Vaccination North-Western Provinces and Oudh 1896-1901 - 1896-1901
Year: 1896
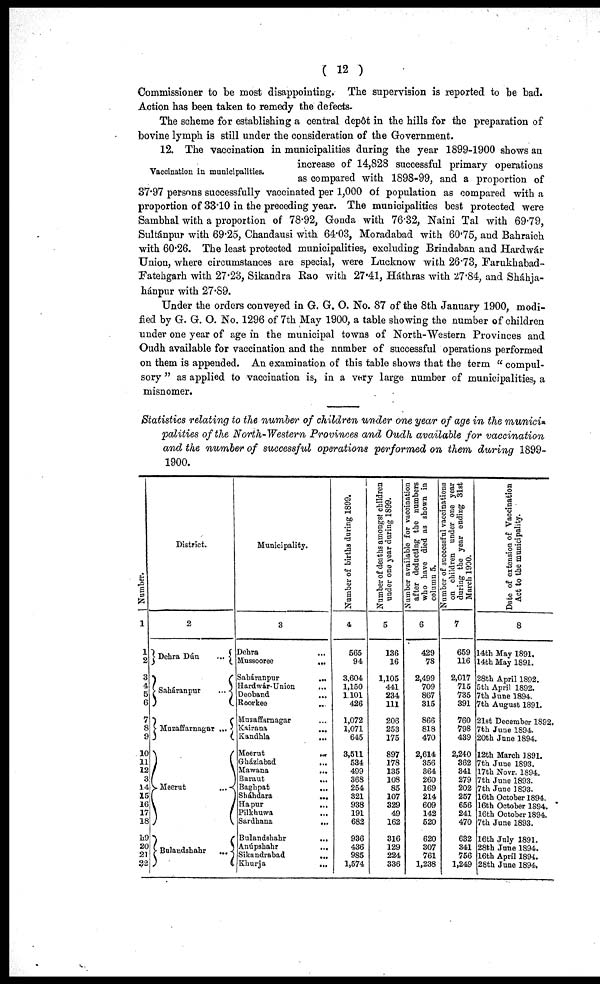
( 12 )
Commissioner to be most disappointing. The supervision is reported to be bad.
Action has been taken to remedy the defects.
The scheme for establishing a central depôt in the hills for the preparation of
bovine lymph is still under the consideration of the Government.
Vaccination in municipalities.
12. The vaccination in municipalities during the year 1899-1900 shows an
increase of 14,828 successful primary operations
as compared with 1898-99, and a proportion of
37.97 persons successfully vaccinated per 1,000 of population as compared with a
proportion of 33.10 in the preceding year. The municipalities best protected were
Sambhal with a proportion of 78.92, Gonda with 76.32, Naini Tal with 69.79,
Sultánpur with 69.25, Chandausi with 64.03, Moradabad with 60.75, and Bahraich
with 60.26. The least protected municipalities, excluding Brindaban and Hardwár
Union, where circumstances are special, were Lucknow with 26.73, Farukhabad¬
Fatehgarh with 27.23, Sikandra Rao with 27.41, Háthras with 27.84, and Sháhja¬
hánpur with 27.89.
Under the orders conveyed in G. G. O. No. 87 of the 8th January 1900, modi-
fied by G. G. O. No. 1296 of 7th May 1900, a table showing the number of children
under one year of age in the municipal towns of North-Western Provinces and
Oudh available for vaccination and the number of successful operations performed
on them is appended. An examination of this table shows that the term " compul-
sory " as applied to vaccination is, in a very large number of municipalities, a
misnomer.
Statistics relating to the number of children under one year of age in the munici¬
palities of the North-Western Provinces and Oudh available for vaccination
and the number of successful operations performed on them during 1899-
1900.
Number.
1
1
2
3
4
5
6
7
8
9
10
11
12
13
14
15
16
17
18
19
20
21
22
District.
2
Dehra Dún
...
Saháranpur
...
Muzaffarnagar ...
Meerut
...
Bulandshahr
...
Municipality.
3
Dehra ...
Mussooree
...
Saháranpur
...
Hardwár-Union
...
Deoband ...
Roorkee
...
Muzaffarnagar ...
Kairana
...
Kandhla ...
Meerut ...
Gháziabad
...
Mawana
...
Baraut
...
Baghpat
...
Sháhdara
...
Hapur ...
Pilkhuwa ...
Sardhana
...
Bulandshahr
...
Anúpshahr
...
Sikandrabad
...
Khurja
...
Number of births during 1899.
4
565
94
3,604
1,150
1,101
426
1,072
1,071
645
3,511
534
499
368
254
321
938
191
682
936
436
985
1,574
Number of deaths amongst children
under one year during 1899.
5
136
16
1,105
441
234
111
206
253
175
897
178
135
108
85
107
329
49
162
316
129
224
336
Number available for vaccination
after deducting the numbers
who have died as shown in
column 5.
6
429
78
2,499
709
867
315
866
818
470
2,614
356
364
260
169
214
609
142
520
620
307
761
1,238
Number of successful vaccinations
on children under one year
during the year ending 31st
March 1900.
7
659
116
2,017
715
735
391
760
798
439
2,240
362
341
279
202
257
656
241
470
632
341
756
1,249
Date of extension of Vaccination
Act to the municipality.
8
14th May 1891.
14th May 1891.
28th April 1892.
5th April 1892.
7th June 1894.
7th August 1891.
21st December 1892.
7th June 1894.
20th June 1894.
12th March 1891.
7th June 1893.
17th Novr. 1894.
7th June 1893.
7th June 1893.
16th October 1894.
16th October 1894.
16th October 1894.
7th June 1893.
16th July 1891.
28th June 1894.
16th April 1894.
28th June 1894.